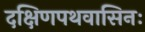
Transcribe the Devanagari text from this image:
दक्षिणपथवासिनः